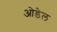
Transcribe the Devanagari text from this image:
ओडेल